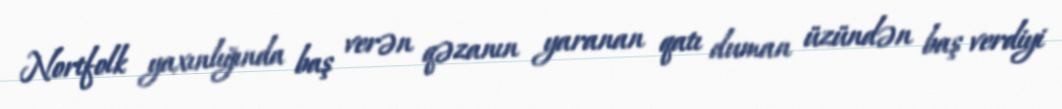
Nortfolk yaxınlığında baş verən qəzanın yaranan qatı duman üzündən baş verdiyi